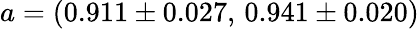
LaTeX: a=(0.911\pm 0.027,\, 0.941\pm 0.020)